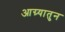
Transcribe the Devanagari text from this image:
आग्र्यातुन